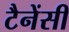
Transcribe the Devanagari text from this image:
टैनेंसी